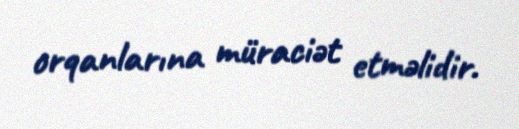
orqanlarına müraciət etməlidir.